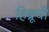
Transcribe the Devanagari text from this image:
हिब्रूची